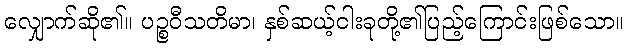
လျှောက်ဆို၏။ ပဉ္စဝီသတိမာ၊ နှစ်ဆယ့်ငါးခုတို့၏ပြည့်ကြောင်းဖြစ်သော။